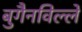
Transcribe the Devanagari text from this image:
बुगैनविल्ले